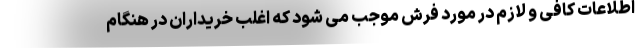
اطلاعات کافی و لازم در مورد فرش موجب می شود که اغلب خریداران در هنگام